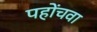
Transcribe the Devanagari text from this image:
पहोंचवा